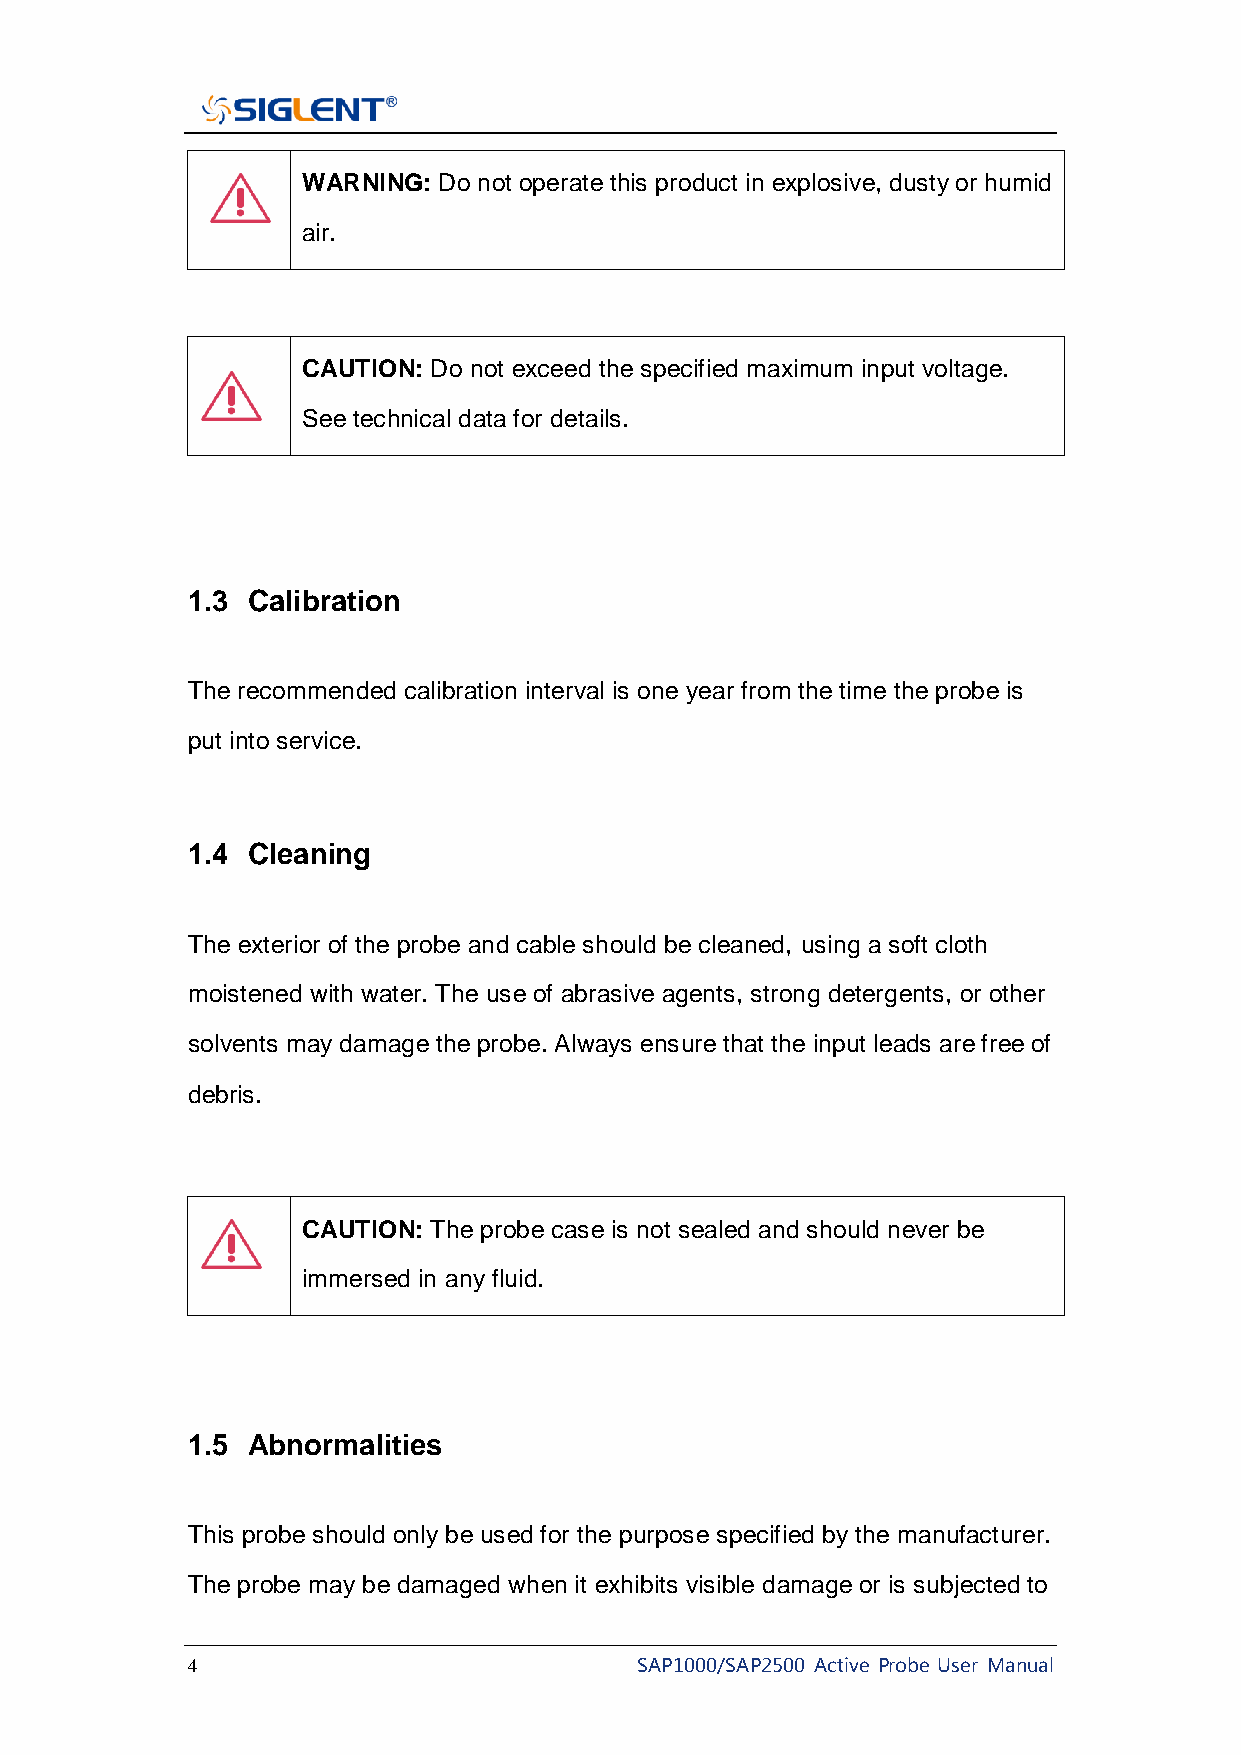
WARNING: Do not operate this product in explosive, dusty or humid
 air.
 CAUTION: Do not exceed the specified maximum input voltage.
 See technical data for details.
 1.3 Calibration
 The recommended calibration interval is one year from the time the probe is
 put into service.
 1.4 Cleaning
 The exterior of the probe and cable should be cleaned, using a soft cloth
 moistened with water. The use of abrasive agents, strong detergents, or other
 solvents may damage the probe. Always ensure that the input leads are free of
 debris.
 CAUTION: The probe case is not sealed and should never be
 immersed in any fluid.
 1.5 Abnormalities
 This probe should only be used for the purpose specified by the manufacturer.
 The probe may be damaged when it exhibits visible damage or is subjected to
 4                             SAP1000/SAP2500 Active Probe User Manual